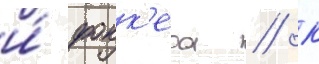
и́ фокк'ера // К